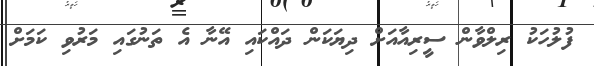
ފުލުހަކު ރިލްވާން ސީރިއާއަށް ދިޔަކަން ދައްކައި އޭނާ އެ ތަނުގައި މަރުވި ކަމަށް